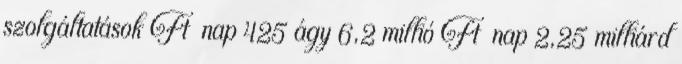
szolgáltatások Ft nap 425 ágy 6,2 millió Ft nap 2,25 milliárd